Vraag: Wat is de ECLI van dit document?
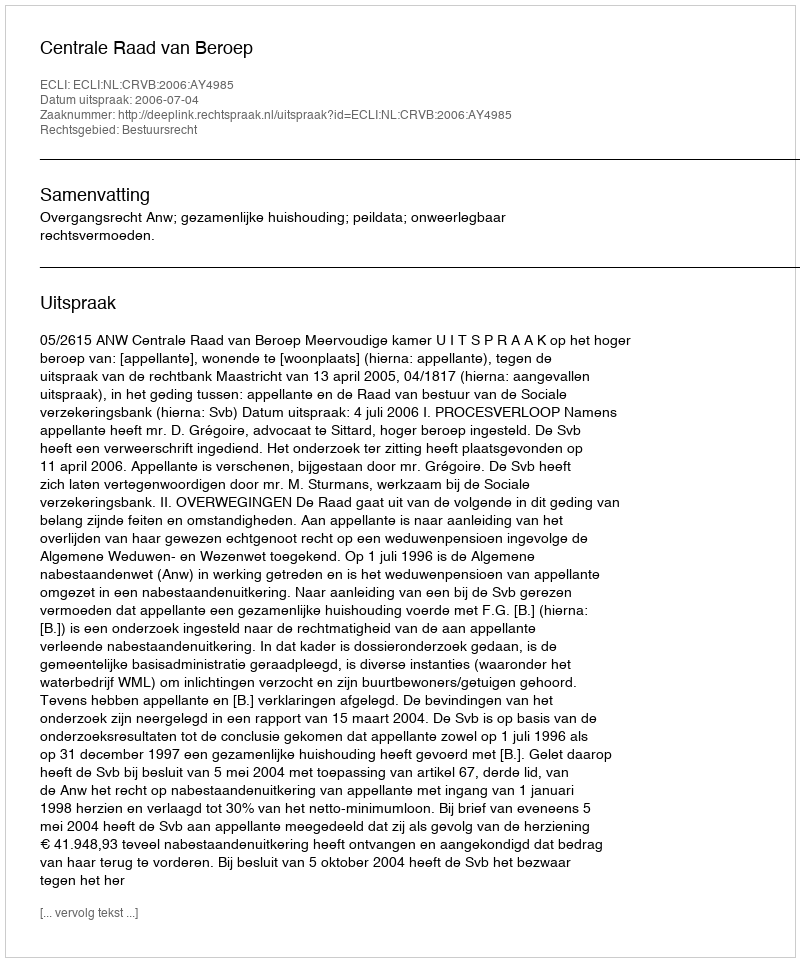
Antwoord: ECLI:NL:CRVB:2006:AY4985